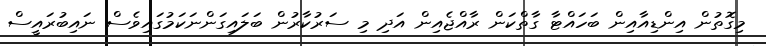
މިގޮތުން އިންޑިއާއިން ބަހައްޓާ ގާތްކަން ރާއްޖެއިން އަދި މި ސަރުކާރުން ބަލައިގަންނަކަމުގައިވެސް ނައިބުރައީސް